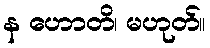
န ဟောတိ၊ မဟုတ်။